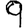
Digit: 9